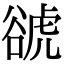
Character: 𧮽